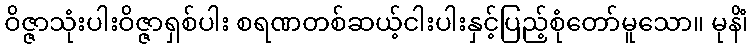
ဝိဇ္ဇာသုံးပါးဝိဇ္ဇာရှစ်ပါး စရဏတစ်ဆယ့်ငါးပါးနှင့်ပြည့်စုံတော်မူသော။ မုနိံ၊